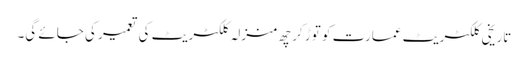
تاریخی کلکٹریٹ عمارت کو توڑ کر چھ منزلہ کلکٹریٹ کی تعمیر کی جائے گی۔